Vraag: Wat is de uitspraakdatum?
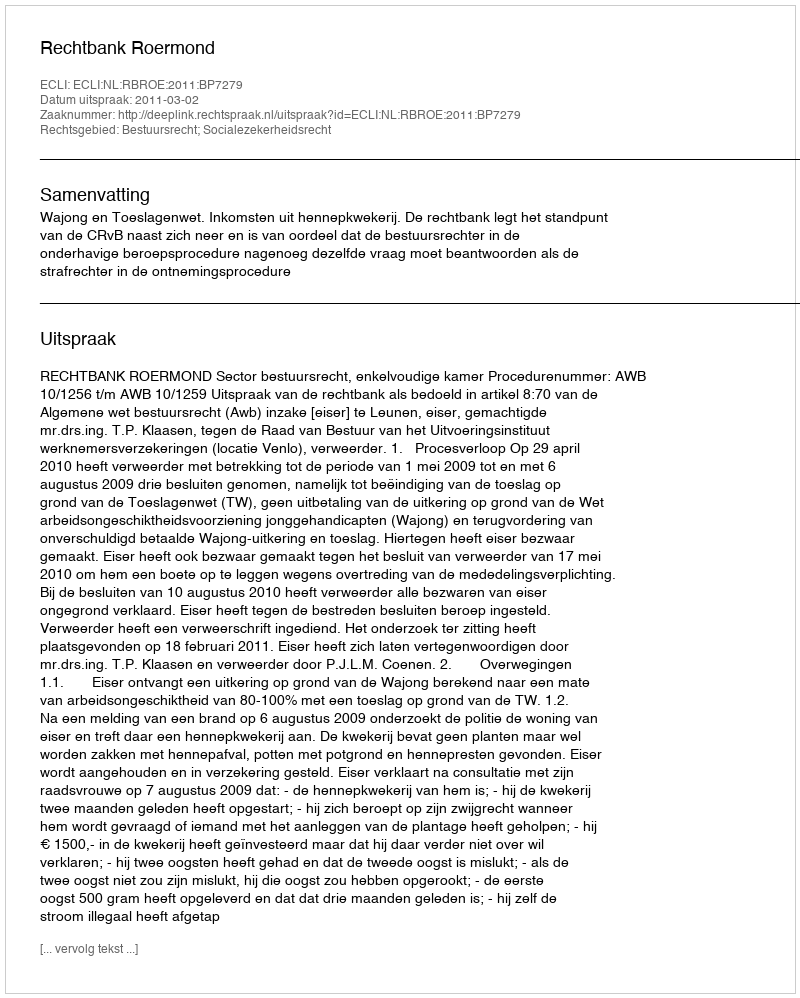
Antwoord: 2011-03-02